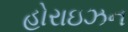
હોરાઇઝન